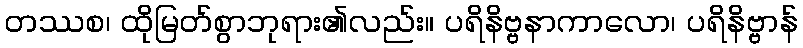
တဿစ၊ ထိုမြတ်စွာဘုရား၏လည်း။ ပရိနိဗ္ဗနာကာလော၊ ပရိနိဗ္ဗာန်